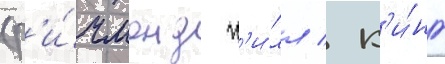
(р'и́чмонд х'и́лл / к'и́нг